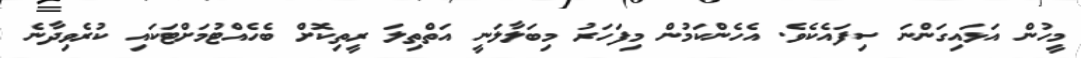
މީހުން އަޅައިގަންނަ ސިފައެކެވެ. އެހެންކަމުން މިފަހަރު މިބަލާލަނީ އަތްތިލަ ރީތިކޮށް ބެހެއްޓުމަށްޓަކައި ކުުރެވިދާނެ